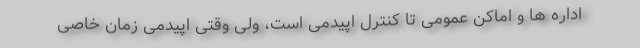
اداره ها و اماکن عمومی تا کنترل اپیدمی است، ولی وقتی اپیدمی زمان خاصی